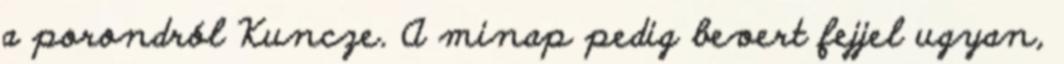
a porondról Kuncze. A minap pedig bevert fejjel ugyan,